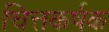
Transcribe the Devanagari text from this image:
चित्तकर्षक